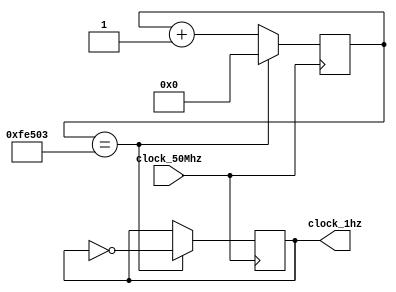
module frequency_rot
(input clock_50Mhz,
output reg clock_1hz);

reg [25:0] counter ; //So necessrios 26 bits para armazenar a contagem do clock_

always @ (posedge clock_50Mhz)
begin

	if (counter==1041667)
	begin
	clock_1hz = ~clock_1hz;
	counter =0;
	end
	
	else 
	counter = counter+1;

	end
endmodule